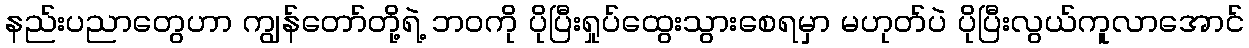
နည်းပညာတွေဟာ ကျွန်တော်တို့ရဲ့ ဘဝကို ပိုပြီးရှုပ်ထွေးသွားစေရမှာ မဟုတ်ပဲ ပိုပြီးလွယ်ကူလာအောင်